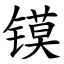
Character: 镆